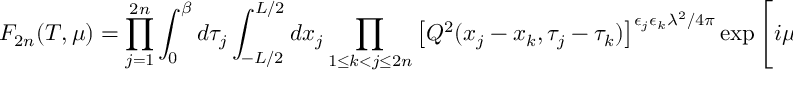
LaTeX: F _ { 2 n } ( T , \mu ) = \prod _ { j = 1 } ^ { 2 n } \int _ { 0 } ^ { \beta } d \tau _ { j } \int _ { - L / 2 } ^ { L / 2 } d x _ { j } \prod _ { 1 \leq k < j \leq 2 n } \left[ Q ^ { 2 } ( x _ { j } - x _ { k } , \tau _ { j } - \tau _ { k } ) \right] ^ { \epsilon _ { j } \epsilon _ { k } \lambda ^ { 2 } / 4 \pi } \exp \left[ i \mu \frac { \lambda ^ { 2 } } { 4 \pi } \sum _ { j = 1 } ^ { 2 n } \epsilon _ { j } x _ { j } \right] ,